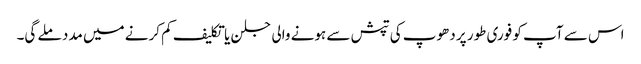
اس سے آپ کو فوری طور پر دھوپ کی تپش سے ہونے والی جلن یا تکلیف کم کرنے میں مدد ملے گی۔